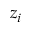
z _ { i }